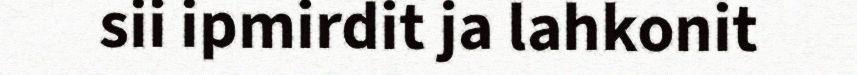
sii ipmirdit ja lahkonit